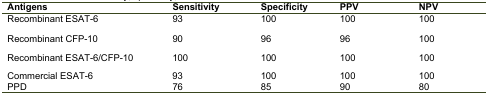
| Antigens | Sensitivity | Specificity | PPV | NPV |
 | --- | --- | --- | --- | --- |
 | Recombinant ESAT-6 | 93 | 100 | 100 | 100 |
 | Recombinant CFP-10 | 90 | 96 | 96 | 100 |
 | Recombinant ESAT-6/CFP-10 | 100 | 100 | 100 | 100 |
 | Commercial ESAT-6 | 93 | 100 | 100 | 100 |
 | PPD | 76 | 85 | 90 | 80 |